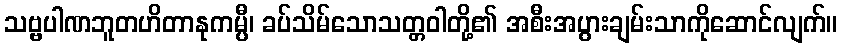
သဗ္ဗပါဏဘူတဟိတာနုကမ္ပီ၊ ခပ်သိမ်သောသတ္တဝါတို့၏ အစီးအပွားချမ်းသာကိုဆောင်လျက်။